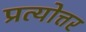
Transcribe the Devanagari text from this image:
प्रत्योत्तर